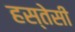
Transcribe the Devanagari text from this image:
हस्तेसी